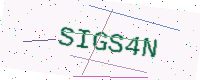
Text: SIGS4N